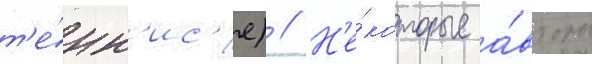
т'е́нн'ис'е) // Н'е́которые а́вторы